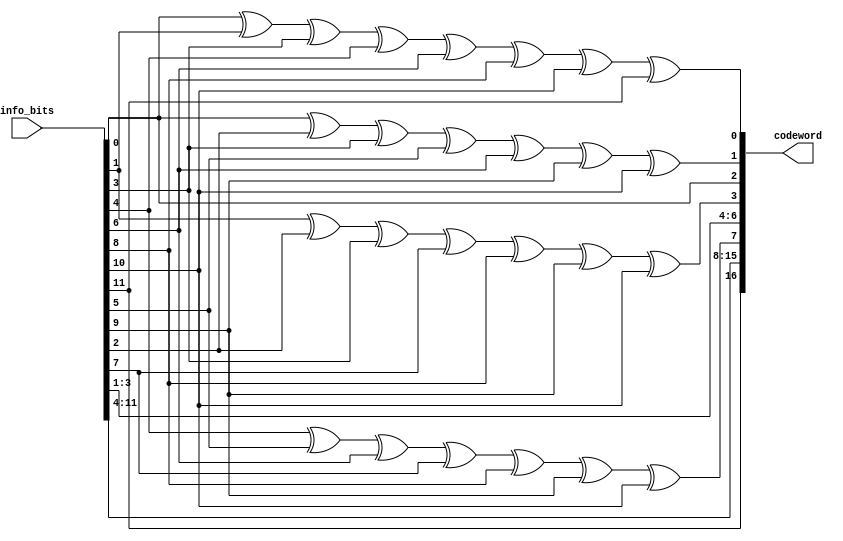
`timescale 1ns/100ps
module ham_enc(info_bits, codeword);
    input [11:0]info_bits;
    output [16:0]codeword;

    wire p1 = info_bits[0] ^ info_bits[1] ^ info_bits[3] ^ info_bits[4] ^ info_bits[6] ^ info_bits[8] ^ info_bits[10] ^ info_bits[11];
    wire p2 = info_bits[0] ^ info_bits[2] ^ info_bits[3] ^ info_bits[5] ^ info_bits[6] ^ info_bits[9] ^ info_bits[10];
    wire p3 = info_bits[1] ^ info_bits[2] ^ info_bits[3] ^ info_bits[7] ^ info_bits[8] ^ info_bits[9] ^ info_bits[10];
    wire p4 = info_bits[4] ^ info_bits[5] ^ info_bits[6] ^ info_bits[7] ^ info_bits[8] ^ info_bits[9] ^ info_bits[10];
    wire p5 = info_bits[11];

    assign codeword = {info_bits[11], p5, info_bits[10:4], p4, info_bits[3:1], p3, info_bits[0], p2, p1};
endmodule